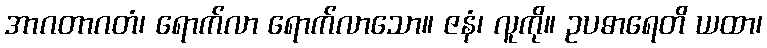
အာဂတာဂတံ၊ ရောက်လာ ရောက်လာသော။ ဇနံ၊ လူကို။ ဥပဓာရေတိ ယထာ၊